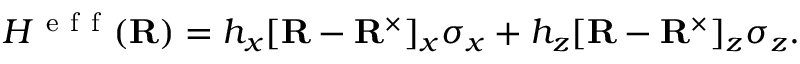
H ^ { \mathrm { ~ e ~ f ~ f ~ } } ( { \mathbf { R } } ) = h _ { x } [ { \mathbf { R } } - { \mathbf { R } } ^ { \times } ] _ { x } \sigma _ { x } + h _ { z } [ { \mathbf { R } } - { \mathbf { R } } ^ { \times } ] _ { z } \sigma _ { z } .